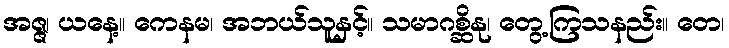
အဇ္ဇ၊ ယနေ့။ ကေနမ၊ အဘယ်သူနှင့်။ သမာဂစ္ဆိနု၊ တွေ့ကြသနည်း။ တေ၊